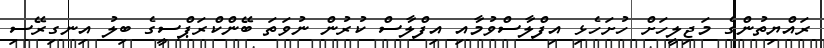
ރައްޔިތުންގެ މަޖިލީހަށް ހުށަހެޅި އިފްލާސްވުމާއި އިފްލާސް ކުރުން ނުވަތަ ބޭންކްރަޕްސީގެ ބިލު އިނގިރޭސި